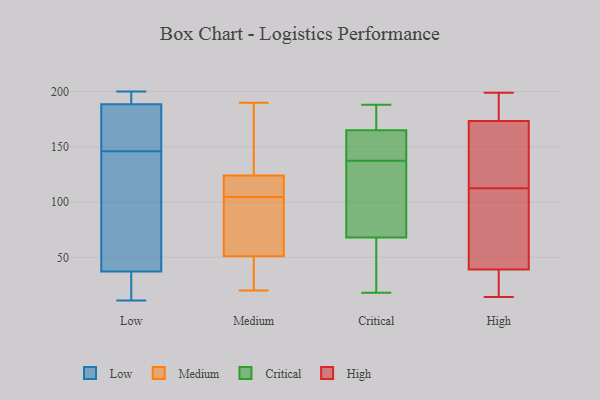
{"axis": {"x": "Page Views", "y": "Value"}, "legend": ["Critical", "High", "Low", "Medium"], "data": [{"x": "", "y": 15, "type": "Low"}, {"x": "", "y": 193, "type": "Low"}, {"x": "", "y": 197, "type": "Low"}, {"x": "", "y": 11, "type": "Low"}, {"x": "", "y": 168, "type": "Low"}, {"x": "", "y": 98, "type": "Low"}, {"x": "", "y": 181, "type": "Low"}, {"x": "", "y": 174, "type": "Low"}, {"x": "", "y": 14, "type": "Low"}, {"x": "", "y": 171, "type": "Low"}, {"x": "", "y": 30, "type": "Low"}, {"x": "", "y": 132, "type": "Low"}, {"x": "", "y": 16, "type": "Low"}, {"x": "", "y": 197, "type": "Low"}, {"x": "", "y": 191, "type": "Low"}, {"x": "", "y": 119, "type": "Low"}, {"x": "", "y": 146, "type": "Low"}, {"x": "", "y": 59, "type": "Low"}, {"x": "", "y": 200, "type": "Low"}, {"x": "", "y": 51, "type": "Medium"}, {"x": "", "y": 176, "type": "Medium"}, {"x": "", "y": 188, "type": "Medium"}, {"x": "", "y": 20, "type": "Medium"}, {"x": "", "y": 124, "type": "Medium"}, {"x": "", "y": 22, "type": "Medium"}, {"x": "", "y": 115, "type": "Medium"}, {"x": "", "y": 190, "type": "Medium"}, {"x": "", "y": 117, "type": "Medium"}, {"x": "", "y": 101, "type": "Medium"}, {"x": "", "y": 108, "type": "Medium"}, {"x": "", "y": 98, "type": "Medium"}, {"x": "", "y": 67, "type": "Medium"}, {"x": "", "y": 48, "type": "Medium"}, {"x": "", "y": 165, "type": "Critical"}, {"x": "", "y": 68, "type": "Critical"}, {"x": "", "y": 18, "type": "Critical"}, {"x": "", "y": 175, "type": "Critical"}, {"x": "", "y": 151, "type": "Critical"}, {"x": "", "y": 188, "type": "Critical"}, {"x": "", "y": 130, "type": "Critical"}, {"x": "", "y": 88, "type": "Critical"}, {"x": "", "y": 145, "type": "Critical"}, {"x": "", "y": 47, "type": "Critical"}, {"x": "", "y": 23, "type": "High"}, {"x": "", "y": 103, "type": "High"}, {"x": "", "y": 171, "type": "High"}, {"x": "", "y": 176, "type": "High"}, {"x": "", "y": 125, "type": "High"}, {"x": "", "y": 24, "type": "High"}, {"x": "", "y": 14, "type": "High"}, {"x": "", "y": 61, "type": "High"}, {"x": "", "y": 23, "type": "High"}, {"x": "", "y": 199, "type": "High"}, {"x": "", "y": 62, "type": "High"}, {"x": "", "y": 101, "type": "High"}, {"x": "", "y": 133, "type": "High"}, {"x": "", "y": 31, "type": "High"}, {"x": "", "y": 122, "type": "High"}, {"x": "", "y": 47, "type": "High"}, {"x": "", "y": 199, "type": "High"}, {"x": "", "y": 192, "type": "High"}, {"x": "", "y": 193, "type": "High"}, {"x": "", "y": 161, "type": "High"}]}